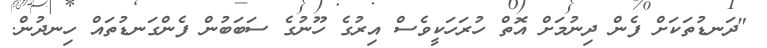
"ދަނޑުތަކަށް ފެން ދިނުމަށް އޮތް ހުރަހަކީވެސް އިރުގެ ހޫނުގެ ސަބަބުން ފެންގަނޑުތައް ހިނދުން.